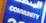
community